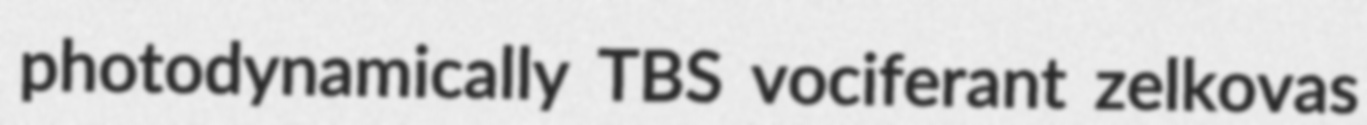
photodynamically TBS vociferant zelkovas